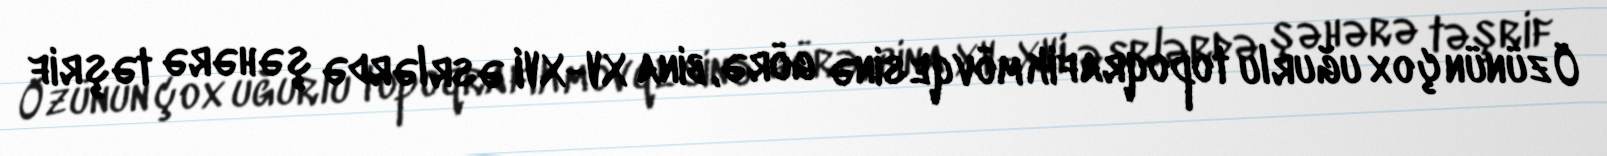
Özünün çox uğurlu topoqrafik mövqesinə görə, bina XV-XVI əsrlərdə şəhərə təşrif